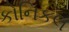
કોનિકલ